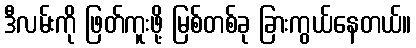
ဒီလမ်းကို ဖြတ်ကူးဖို့ မြစ်တစ်ခု ခြားကွယ်နေတယ်။